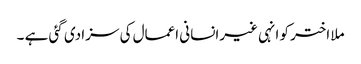
ملا اختر کو انہی غیرانسانی اعمال کی سزا دی گئی ہے ۔